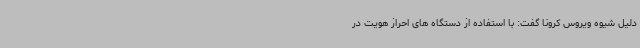
دلیل شیوه ویروس کرونا گفت: با استفاده از دستگاه های احراز هویت در